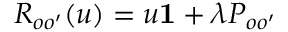
R _ { o o ^ { \prime } } ( u ) = u { \bf 1 } + \lambda P _ { o o ^ { \prime } }